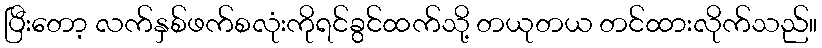
ပြီးတော့ လက်နှစ်ဖက်စလုံးကိုရင်ခွင်ထက်သို့ တယုတယ တင်ထားလိုက်သည်။